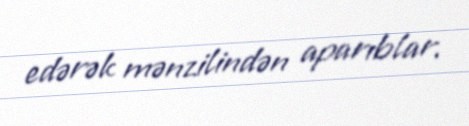
edərək mənzilindən aparıblar.